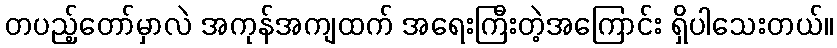
တပည့်တော်မှာလဲ အကုန်အကျထက် အရေးကြီးတဲ့အကြောင်း ရှိပါသေးတယ်။